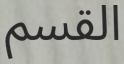
القسم